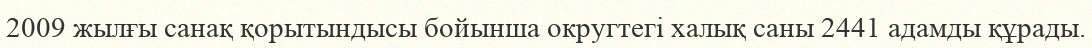
2009 жылғы санақ қорытындысы бойынша округтегі халық саны 2441 адамды құрады.